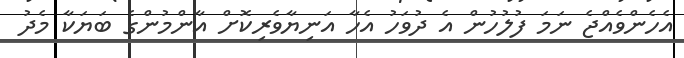
އެހެންވެއްޖެ ނަމަ ފުލުހުން އެ ދުވަހު އެހާ އަނިޔާވެރިކޮށް އާންމުންގެ ބަޔަކާ މެދު